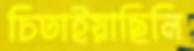
চিতাইয়াছিলি